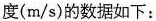
度(\frac{m}{s})的数据如下：